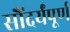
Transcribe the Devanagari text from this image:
सौंदर्यंपूर्ण